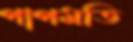
পাপমতি